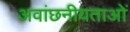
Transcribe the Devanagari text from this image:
अवांछनीयताओं